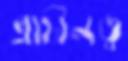
প্রাচীনত্ব